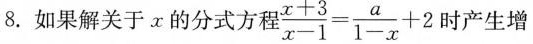
8.如果解关于x的分式方程$$\frac { x + 3 } { x - 1 } = \frac { a } { 1 - x } + 2$$时产生增